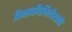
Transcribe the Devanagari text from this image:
विमाननिर्मितीसाठी